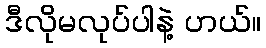
ဒီလိုမလုပ်ပါနဲ့ ဟယ်။